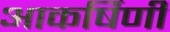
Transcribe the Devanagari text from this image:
आकर्षिणी